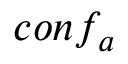
c o n f _ { a }